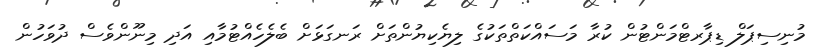
މުނިސިޕަލް ޑިޕާރޓްމަންޓުން ކުރާ މަސައްކަތްތަކުގެ ލިޔެކިޔުންތަށް ރަނގަޅަށް ބެލެހެއްޓުމާއި އަދި މިނޫންވެސް ދުވަހުން